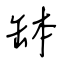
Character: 缽